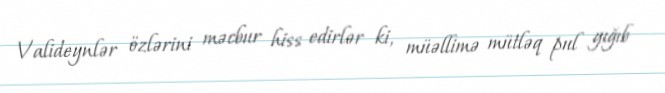
Valideynlər özlərini məcbur hiss edirlər ki, müəllimə mütləq pul yığıb